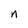
Character: n